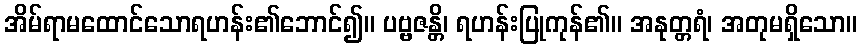
အိမ်ရာမထောင်သောရဟန်း၏ဘောင်၍။ ပဗ္ဗဇန္တိ၊ ရဟန်းပြုကုန်၏။ အနုတ္တရံ၊ အတုမရှိသော။